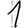
Digit: 1